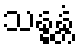
သန္ဓန္တံ